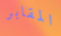
المقابر